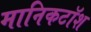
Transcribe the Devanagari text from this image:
मानिकटॉश